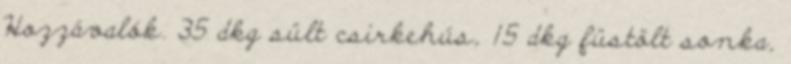
Hozzávalók. 35 dkg sült csirkehús, 15 dkg füstölt sonka,